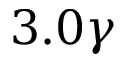
3 . 0 \gamma